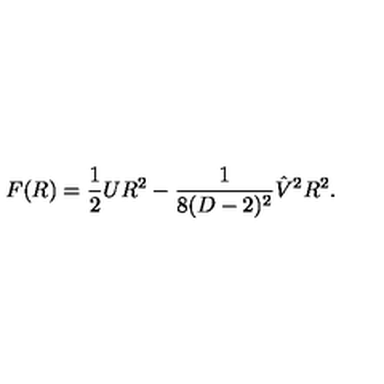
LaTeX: F ( R ) = { \frac { 1 } { 2 } } U R ^ { 2 } - { \frac { 1 } { 8 ( D - 2 ) ^ { 2 } } } \hat { V } ^ { 2 } R ^ { 2 } .